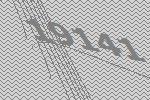
19141